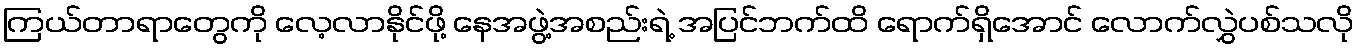
ကြယ်တာရာတွေကို လေ့လာနိုင်ဖို့ နေအဖွဲ့အစည်းရဲ့ အပြင်ဘက်ထိ ရောက်ရှိအောင် လောက်လွှဲပစ်သလို